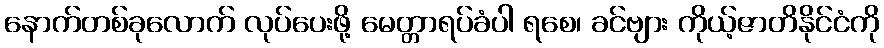
နောက်တစ်ခုလောက် လုပ်ပေးဖို့ မေတ္တာရပ်ခံပါ ရစေ၊ ခင်ဗျား ကိုယ့်ဇာတိနိုင်ငံကို